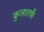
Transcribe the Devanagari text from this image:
कुलातर्फे